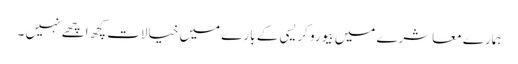
ہمارے معاشرے میں بیورو کریسی کے بارے میں خیالات کچھ اچھے نہیں ۔